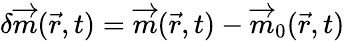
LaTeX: \delta\overrightarrow{m}(\vec{r},t)=\overrightarrow{m}(\vec{r},t)-\overrightarrow{m}_{0}(\vec{r},t)